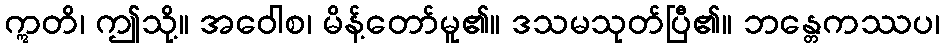
ဣတိ၊ ဤသို့။ အဝေါစ၊ မိန့်တော်မူ၏။ ဒသမသုတ်ပြီ၏။ ဘန္တေကဿပ၊